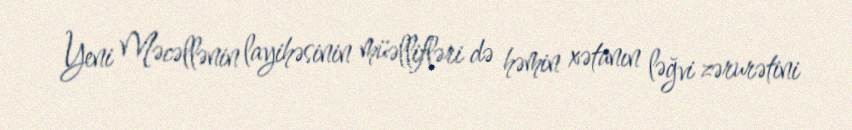
Yeni Məcəllənin layihəsinin müəllifləri də həmin xətanın ləğvi zərurətini